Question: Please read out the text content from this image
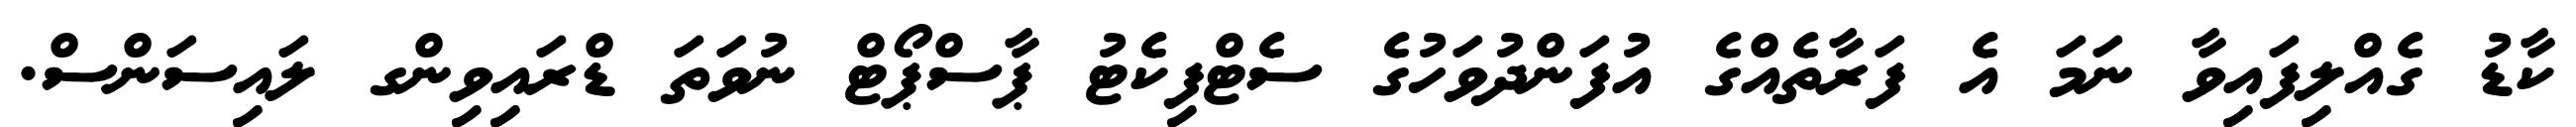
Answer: ކާޑު ގެއްލިފައިވާ ނަމަ އެ ފަރާތެއްގެ އުފަންދުވަހުގެ ސެޓްފިކެޓު ޕާސްޕޯޓް ނުވަތަ ޑްރައިވިންގ ލައިސަންސް.